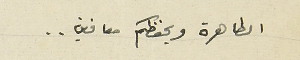
الطاهرة ويحفظكم معافين ..